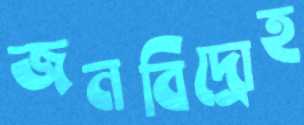
জনবিদ্রোহ